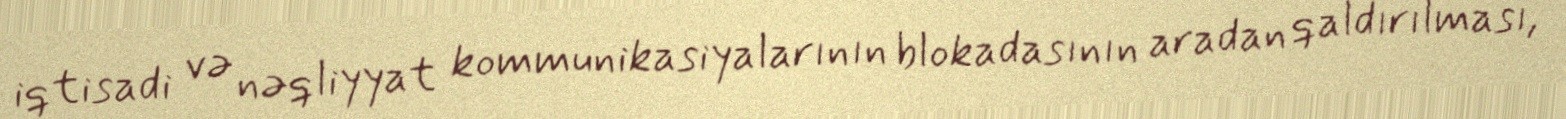
iqtisadi və nəqliyyat kommunikasiyalarının blokadasının aradan qaldırılması,